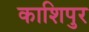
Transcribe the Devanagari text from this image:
काशिपुर